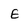
Character: E